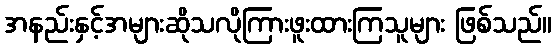
အနည်းနှင့်အများဆိုသလိုကြားဖူးထားကြသူများ ဖြစ်သည်။